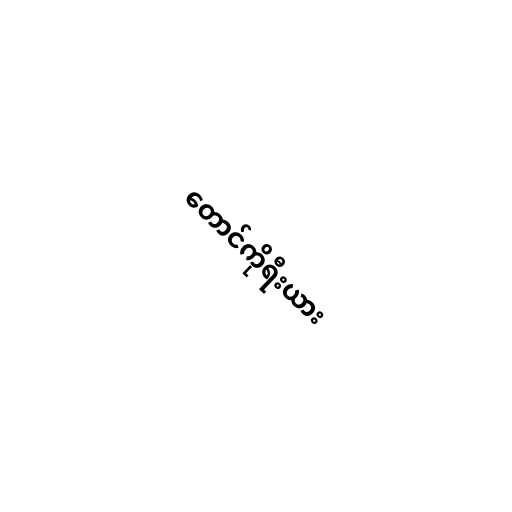
တောင်ကိုရီးယား